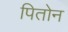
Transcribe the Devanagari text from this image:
पितोन